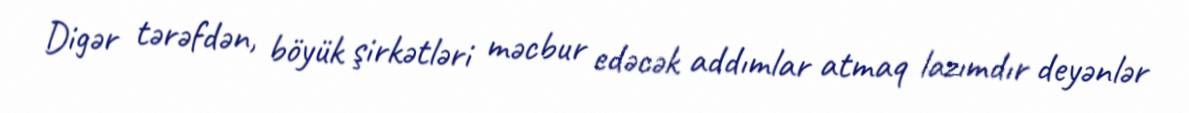
Digər tərəfdən, böyük şirkətləri məcbur edəcək addımlar atmaq lazımdır deyənlər